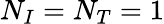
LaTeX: N_{I}=N_{T}=1